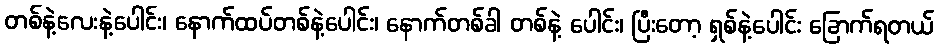
တစ်နဲ့လေးနဲ့ပေါင်း၊ နောက်ထပ်တစ်နဲ့ပေါင်း၊ နောက်တစ်ခါ တစ်နဲ့ ပေါင်း၊ ပြီးတော့ ရှစ်နဲ့ပေါင်း ခြောက်ရတယ်